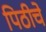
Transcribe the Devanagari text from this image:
पिठीचे